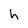
Character: h